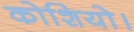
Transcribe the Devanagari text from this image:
कोशियो।